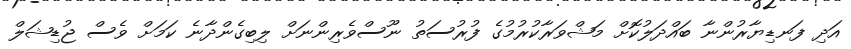
އަދި ފަނޑިޔާރުންނާ ބައްދަލުކޮށް މަޝްވަރާކުރުމުގެ ފުރުސަތު ނޫސްވެރިންނަށް ލިބިގެންދާނެ ކަމަށް ވެސް ޖުޑިޝަލް